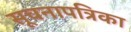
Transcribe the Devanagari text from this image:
सूचनापत्रिका